V__Kingissepa_nim__kolhoos, lk 22
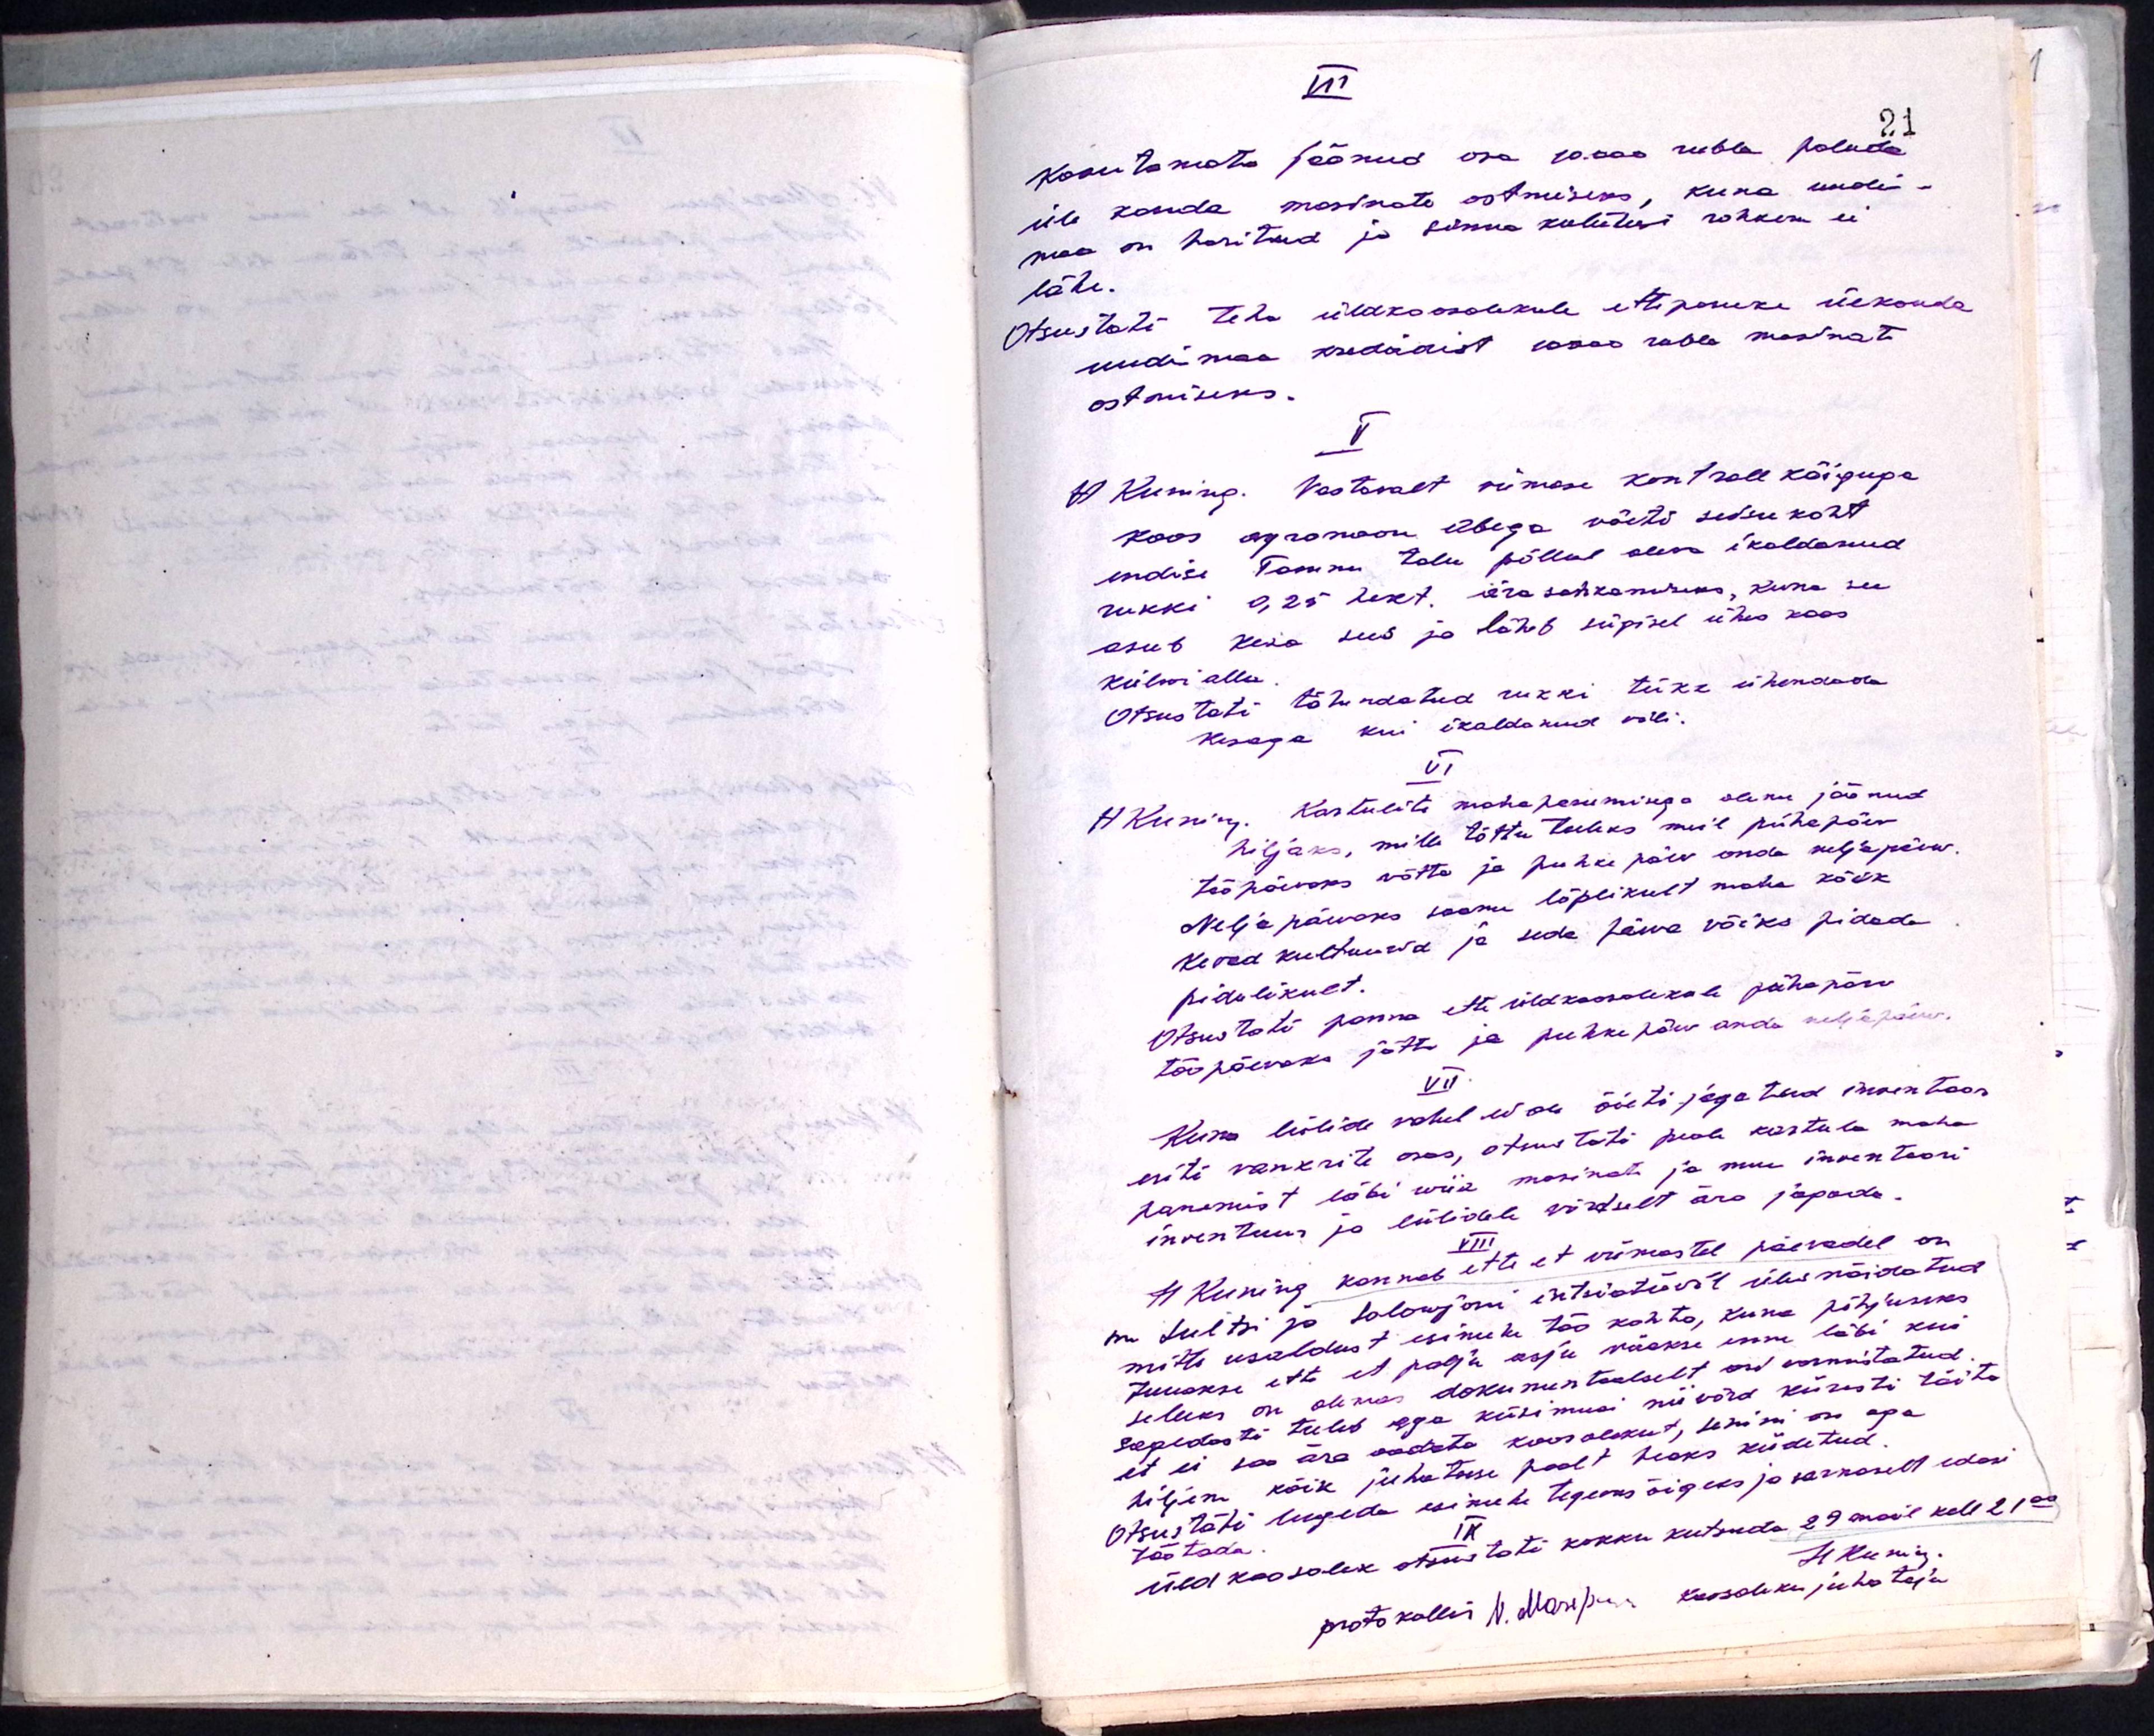
III
Kasutamata jäänud osa 10.000 rubla paluda
üle kanda masinate ostmiseks, kuna uudis-
maa on haritud ja sinna kulutusi rohkem ei
lähe.
Otsustati teha üldkoosolekule ettepaneku ülekanda
uudismaa kredidist 10000 rubla masinate
ostmiseks.
V
H. Kuning. Vastavalt viimase kontroll käiguga
koos agronoom Abega võeti seisukoht
endise Tamme talu põllul oleva ikaldanud
rukki 0,25 hekt. ärasahkamiseks, kuna see
asub kesa sees ja läheb sügisel ühes koos
külwi alla.
Otsustati tähendatud rukki tükk ühendada
kesaga kui ikaldanud vili.
VI
H. Kuning. Kartulite maha panemisega oleme jäänud
hiljaks, mille tõttu tuleks meil pühapäev
tööpäevaks võtta ja puhke päev anda neljapäew
Neljapäevaks saame lõplikult maha kõik
kevad kultuurid ja seda päeva võiks pidada
pidulikult.
Otsustati panna ette üldkoosolekule pühapäev
tööpäevaks jätta ja puhkepäev anda neljapäew
VII
Kuna lülide vahel ei ole õieti jagatud inventaar
eriti wankrite osas, otsustati peale kartula maha
panemist läbi wiia masinate ja muu inventaari
inventuur ja lülidele võrdselt ära jagada.
VIII
H. Kuning kannab ette et viimastel päevadel on
sm Sultsi ja Salowjoni intsiatiivil üles näidatud
mitte usaldust esimehe töö kohta, kuna põhjuseks
tuuakse ette et palju asju rääkse enne läbi kui
selleks on olemas dokumentaalselt asi vormistatud
Sagedasti tuleb aga küsimusi niivõrd kiiresti täita
et ei saa ära oodata koosolekut, senini on ag
hiljem kõik juhatuse poolt heaks kiidetud.
Otsustati lugeda esimehe tegevus õigeks ja sarnaselt edasi
töötada
IX
Üldkoosolek otsustati kokku kutsuda 29 mail kell 21.00
H. Kuning
protokollis N. Märi/puks koosoleku juhataja